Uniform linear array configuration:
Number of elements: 4
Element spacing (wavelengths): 1
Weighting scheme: uniform
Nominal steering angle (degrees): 15
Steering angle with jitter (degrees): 16.903
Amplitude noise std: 0.05
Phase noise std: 0.05

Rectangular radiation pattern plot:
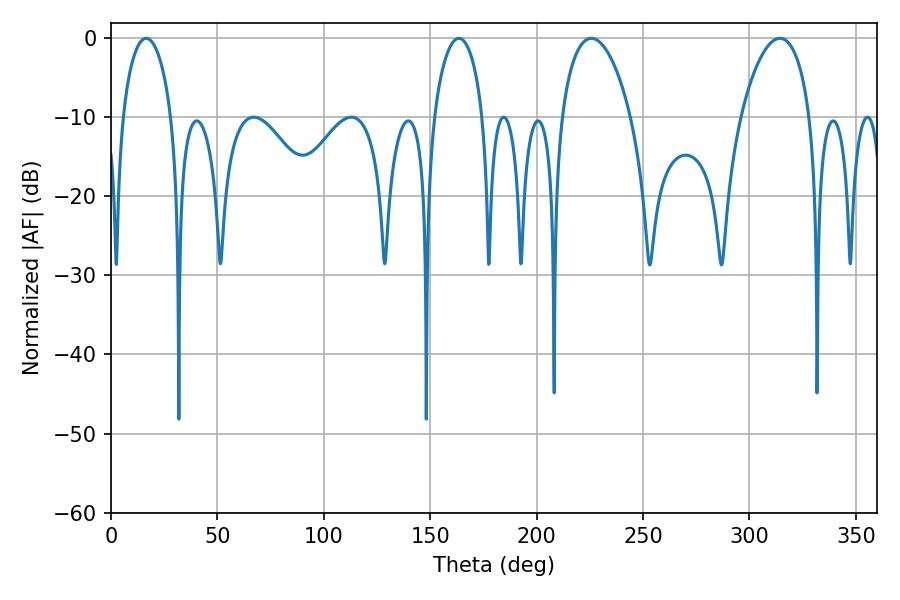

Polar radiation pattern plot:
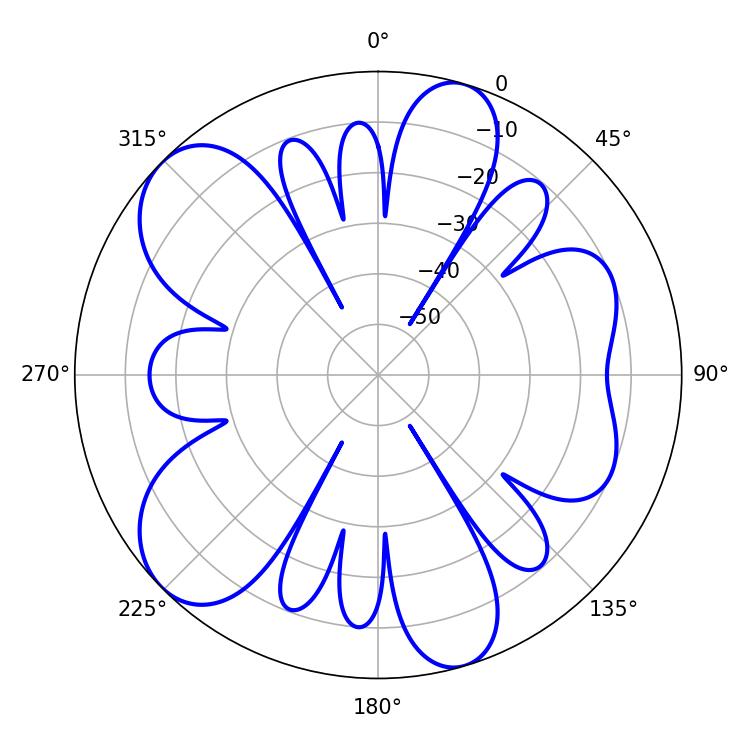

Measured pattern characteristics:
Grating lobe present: TRUE
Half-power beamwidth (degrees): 18.36
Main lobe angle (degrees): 225.72